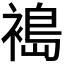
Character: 𫌈